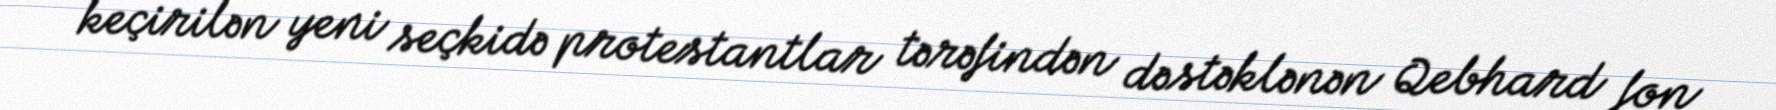
keçirilən yeni seçkidə protestantlar tərəfindən dəstəklənən Qebhard fon